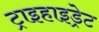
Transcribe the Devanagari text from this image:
ट्राइहाइड्रेट